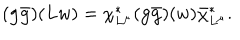
( { \bf g \bar { g } } ) ( L w ) = \chi _ { L ^ { \mu } } ^ { * } ( { \bf g \bar { g } } ) ( w ) \bar { \chi } _ { L ^ { \mu } } ^ { * } .